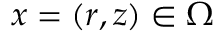
x = ( r , z ) \in \Omega